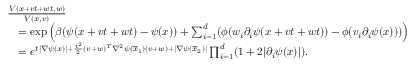
\begin{array} { r l } & { \frac { V ( x + v t + w t , w ) } { V ( x , v ) } } \\ & { \quad = \exp \left( \beta ( \psi ( x + v t + w t ) - \psi ( x ) ) + \sum _ { i = 1 } ^ { d } ( \phi ( w _ { i } \partial _ { i } \psi ( x + v t + w t ) ) - \phi ( v _ { i } \partial _ { i } \psi ( x ) ) ) \right) } \\ & { \quad = e ^ { t \lvert \nabla \psi ( x ) \rvert + \frac { t ^ { 2 } } { 2 } ( v + w ) ^ { T } \nabla ^ { 2 } \psi ( \overline { { x } } _ { 1 } ) ( v + w ) + \lvert \nabla \psi ( \overline { { x } } _ { 2 } ) \rvert } \prod _ { i = 1 } ^ { d } ( 1 + 2 \lvert \partial _ { i } \psi ( x ) \rvert ) . } \end{array}